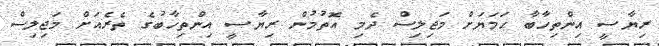
ރިޔާސީ އިންތިހާބާ ހަމަޔަށް މަޖިލިސް ދެމި އޮތުމުން ރިޔާސީ އިންތިހާބުގެ ތެރެއަށް މަޖިލިސް